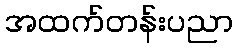
အထက်တန်းပညာ